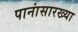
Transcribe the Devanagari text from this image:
पानांसारख्या